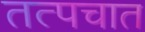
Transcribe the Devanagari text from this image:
तत्पचात